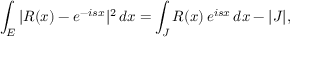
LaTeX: \int _ { E } | R ( x ) - e ^ { - i s x } | ^ { 2 } \, d x = \int _ { J } R ( x ) \, e ^ { i s x } \, d x - | J | ,